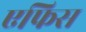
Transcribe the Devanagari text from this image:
एफिस